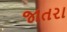
જાતરા